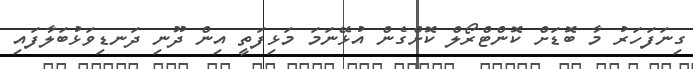
ގިނަފަހަރު މާ ބޮޑަށް ކޮންޓްރޯލް ކޮށްގެން އުޅޭނަމަ މަޅިފަތީ އިން ދޫނި ދަނޑިވަޅުބަލާފައި